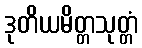
ဒုတိယမိတ္တသုတ္တံ